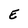
Character: E